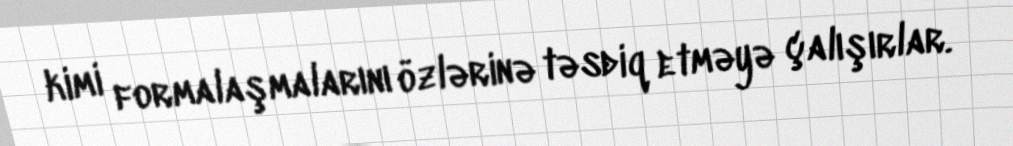
kimi formalaşmalarını özlərinə təsdiq etməyə çalışırlar.